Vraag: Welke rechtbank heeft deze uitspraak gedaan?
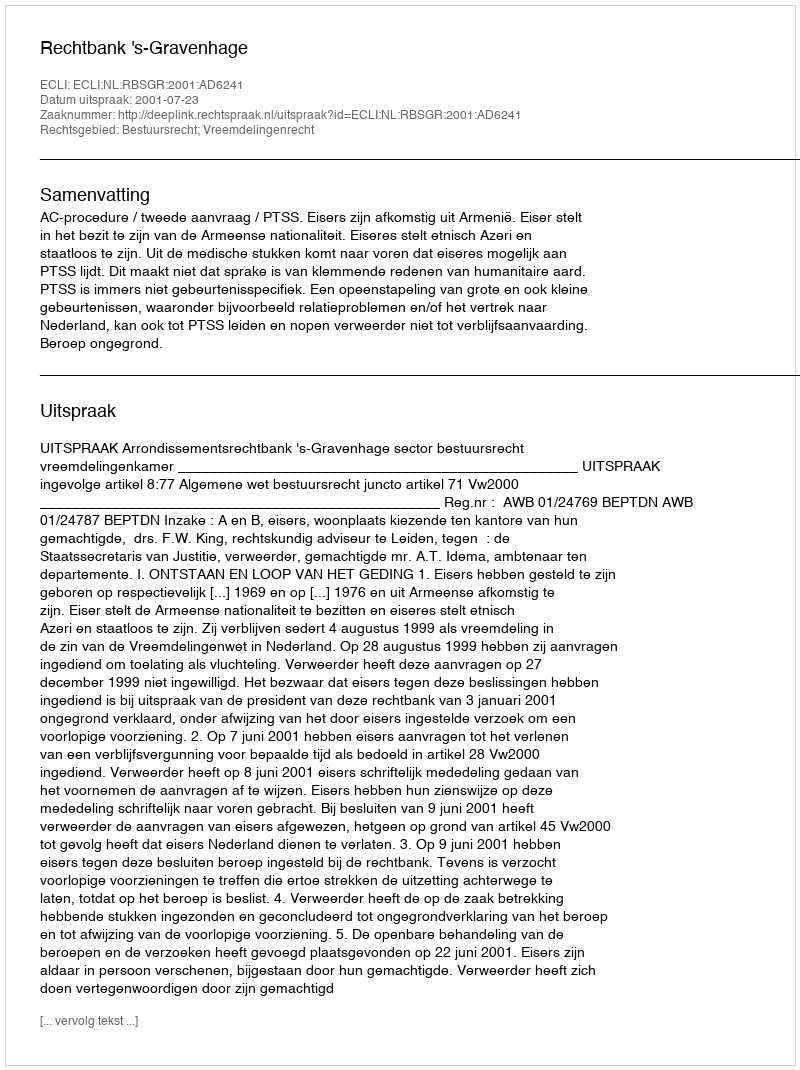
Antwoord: Rechtbank 's-Gravenhage